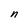
Character: n